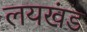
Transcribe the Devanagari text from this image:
लयखंड